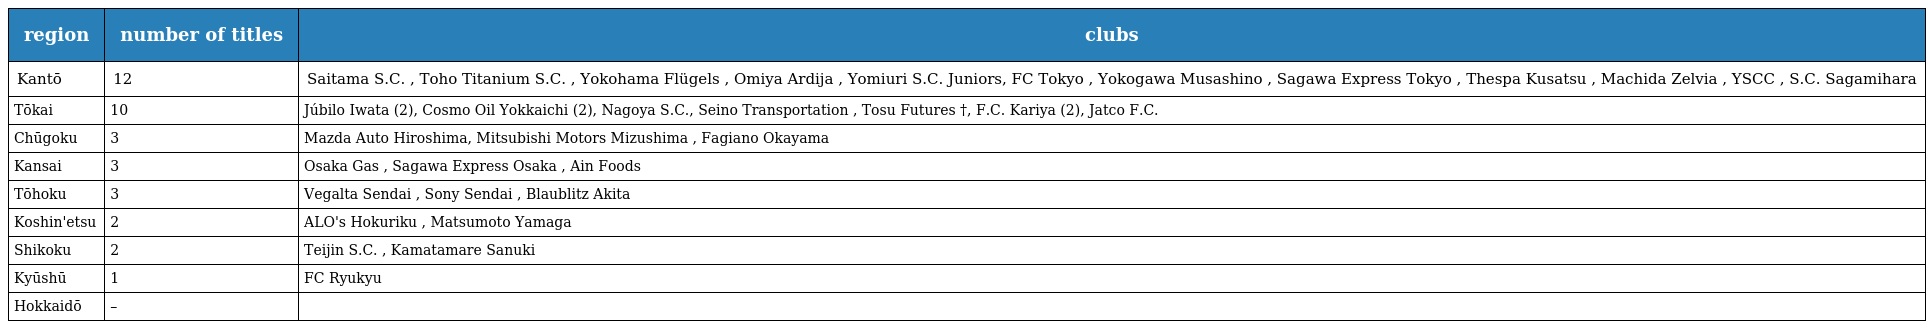
| region | number of titles | clubs |
 | --- | --- | --- |
 | Kantō | 12 | Saitama S.C. , Toho Titanium S.C. , Yokohama Flügels , Omiya Ardija , Yomiuri S.C. Juniors, FC Tokyo , Yokogawa Musashino , Sagawa Express Tokyo , Thespa Kusatsu , Machida Zelvia , YSCC , S.C. Sagamihara |
 | Tōkai | 10 | Júbilo Iwata (2), Cosmo Oil Yokkaichi (2), Nagoya S.C., Seino Transportation , Tosu Futures †, F.C. Kariya (2), Jatco F.C. |
 | Chūgoku | 3 | Mazda Auto Hiroshima, Mitsubishi Motors Mizushima , Fagiano Okayama |
 | Kansai | 3 | Osaka Gas , Sagawa Express Osaka , Ain Foods |
 | Tōhoku | 3 | Vegalta Sendai , Sony Sendai , Blaublitz Akita |
 | Koshin'etsu | 2 | ALO's Hokuriku , Matsumoto Yamaga |
 | Shikoku | 2 | Teijin S.C. , Kamatamare Sanuki |
 | Kyūshū | 1 | FC Ryukyu |
 | Hokkaidō | – |  |